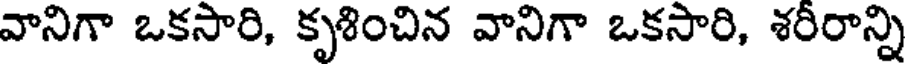
వానిగా ఒకసారి, కృశించిన వానిగా ఒకసారి, శరీరాన్ని